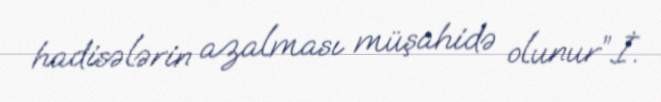
hadisələrin azalması müşahidə olunur”.İ.